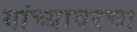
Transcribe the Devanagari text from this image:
यांच्यावरचा